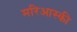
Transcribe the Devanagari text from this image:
मरिआस्की